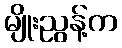
မျိုးညွန့်က